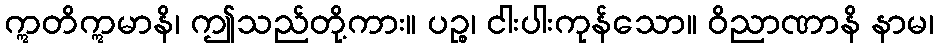
ဣတိဣမာနိ၊ ဤသည်တို့ကား။ ပဉ္စ၊ ငါးပါးကုန်သော။ ဝိညာဏာနိ နာမ၊